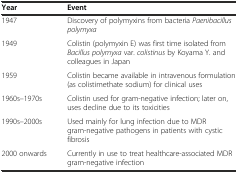
| Year | Event |
 | --- | --- |
 | 1947 | Discovery of polymyxins from bacteria Paenibacillus polymyxa |
 | 1949 | Colistin (polymyxin E) was first time isolated from Bacillus polymyxa var. colistinus by Koyama Y. and colleagues in Japan |
 | 1959 | Colistin became available in intravenous formulation (as colistimethate sodium) for clinical uses |
 | 1960s–1970s | Colistin used for gram-negative infection; later on, uses decline due to its toxicities |
 | 1990s–2000s | Used mainly for lung infection due to MDR gram-negative pathogens in patients with cystic fibrosis |
 | 2000 onwards | Currently in use to treat healthcare-associated MDR gram-negative infection |